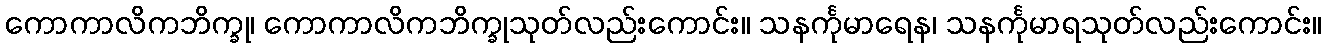
ကောကာလိကဘိက္ခု၊ ကောကာလိကဘိက္ခုသုတ်လည်းကောင်း။ သနင်္ကုမာရေန၊ သနင်္ကုမာရသုတ်လည်းကောင်း။